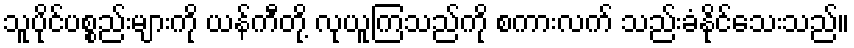
သူပိုင်ပစ္စည်းများကို ယန်ကီတို့ လုယူကြသည်ကို စကားလက် သည်းခံနိုင်သေးသည်။